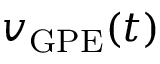
v _ { \mathrm { G P E } } ( t )